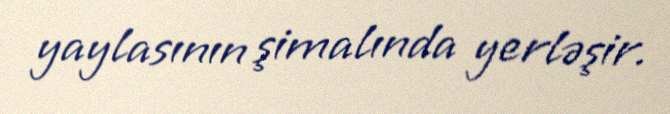
yaylasının şimalında yerləşir.